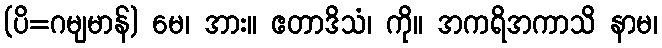
(ပိ=ဂမျမာန်) မေ၊ အား။ ဧတာဒိသံ၊ ကို။ အကရိအကာသိ နာမ၊